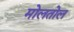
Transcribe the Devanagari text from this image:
मोलतोल